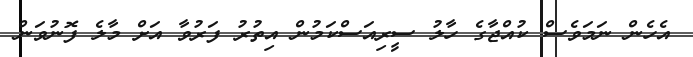
އެހެން ނަމަވެސް ކުއްޖާގެ ހާލު ސީރިއަސްކަމުން އިތުރު ފަރުވާ އަށް މާލެ ފޮނުވަން